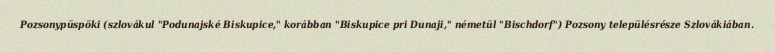
Pozsonypüspöki (szlovákul "Podunajské Biskupice," korábban "Biskupice pri Dunaji," németül "Bischdorf") Pozsony településrésze Szlovákiában.